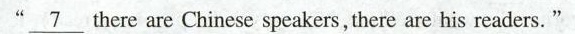
"\underline7 there are Chinese speakers, there are his readers."